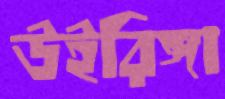
উইরিঙ্গা